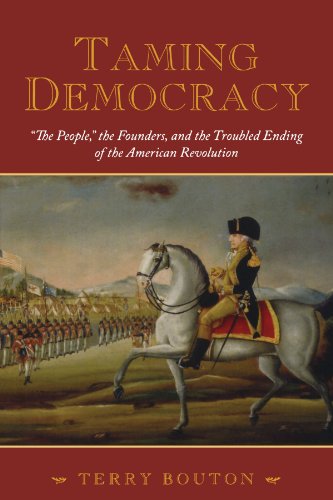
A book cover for Taming Democracy: "The People," the Founders, and the Troubled Ending of the American Revolution; Terry Bouton; History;